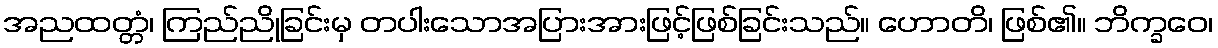
အညထတ္တံ၊ ကြည်ညိုခြင်းမှ တပါးသောအပြားအားဖြင့်ဖြစ်ခြင်းသည်။ ဟောတိ၊ ဖြစ်၏။ ဘိက္ခဝေ၊